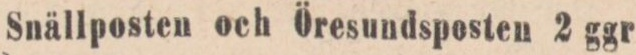
Snällposten och Öresundsposten 2 ggr